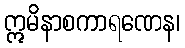
ဣမိနာစကာရဏေန၊